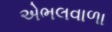
એભલવાળા